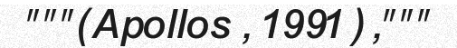
"""(Apollos , 1991) ,"""